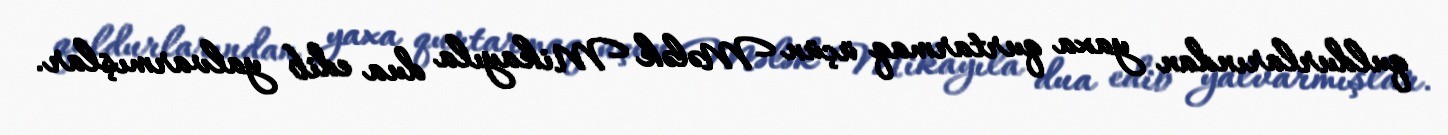
quldurlarından yaxa qurtarmaq üçün Mələk Mikayıla dua edib yalvarmışlar.